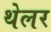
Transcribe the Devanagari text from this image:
थेलर